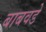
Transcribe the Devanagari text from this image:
बाबवडे